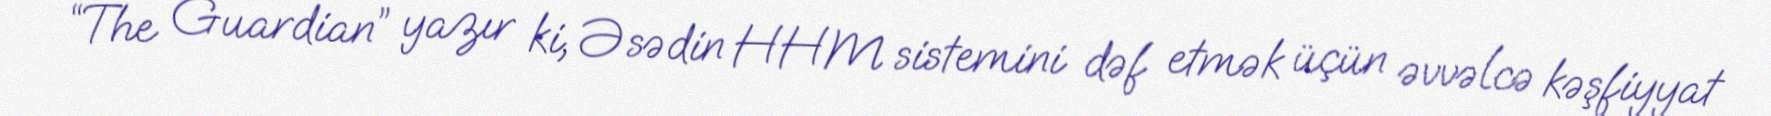
“The Guardian” yazır ki, Əsədin HHM sistemini dəf etmək üçün əvvəlcə kəşfiyyat